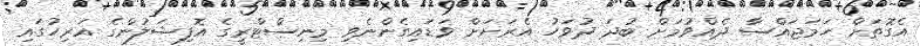
އެގޮތަށް ހަމަޖައްސާ ދެއްވުމަށް ބުދަ ދުވަހު އެރަށަށް ވަޑައިގެންނެވި މިނިސްޓްރީގެ އޮފިޝަލުުންގެ އަރިހުގައި